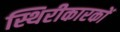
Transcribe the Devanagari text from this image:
स्थिरीकारकों